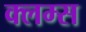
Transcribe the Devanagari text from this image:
क्लम्स